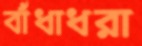
বাঁধাধরা